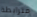
مترابطة